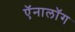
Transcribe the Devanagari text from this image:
ऍनालॉग